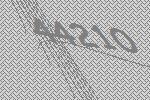
44210